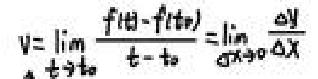
\[ v = \lim_{t \to t_0} \frac{f(t) - f(t_0)}{t - t_0} = \lim_{\Delta x \to 0} \frac{\Delta y}{\Delta x} \]